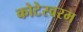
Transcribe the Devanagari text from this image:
कोटेस्वरम